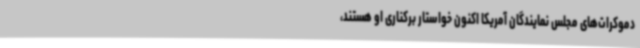
دموکرات‌های مجلس نمایندگان آمریکا اکنون خواستار برکناری او هستند،